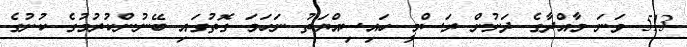
513 ވަނަ މާއްދާގެ ދަށުން ރަސްމީ ހައިސިއްޔަތު ނަހަމަ ގޮތުގައި ބޭނުންކުރުމުގެ ކުށުގެ